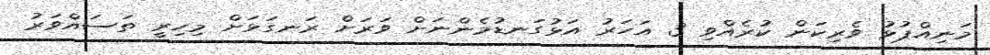
މަނިއްޕުޅު ވެރިކަން ކުރެއްވި 3 އަހަރު އަޅުގަނޑުމެންނަށް ވަރަށް ރަނގަޅަށް މިހިރީ ތަސައްވަރު